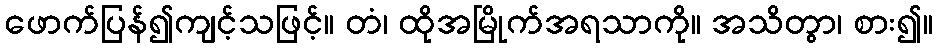
ဖောက်ပြန်၍ကျင့်သဖြင့်။ တံ၊ ထိုအမြိုက်အရသာကို။ အသိတွာ၊ စား၍။